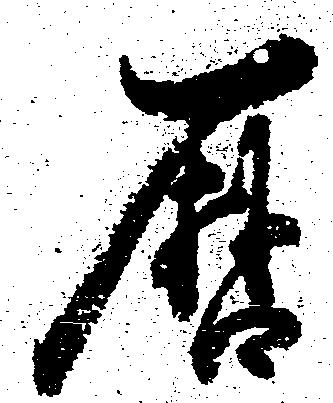
暦